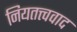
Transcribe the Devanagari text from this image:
नियतत्त्ववाद